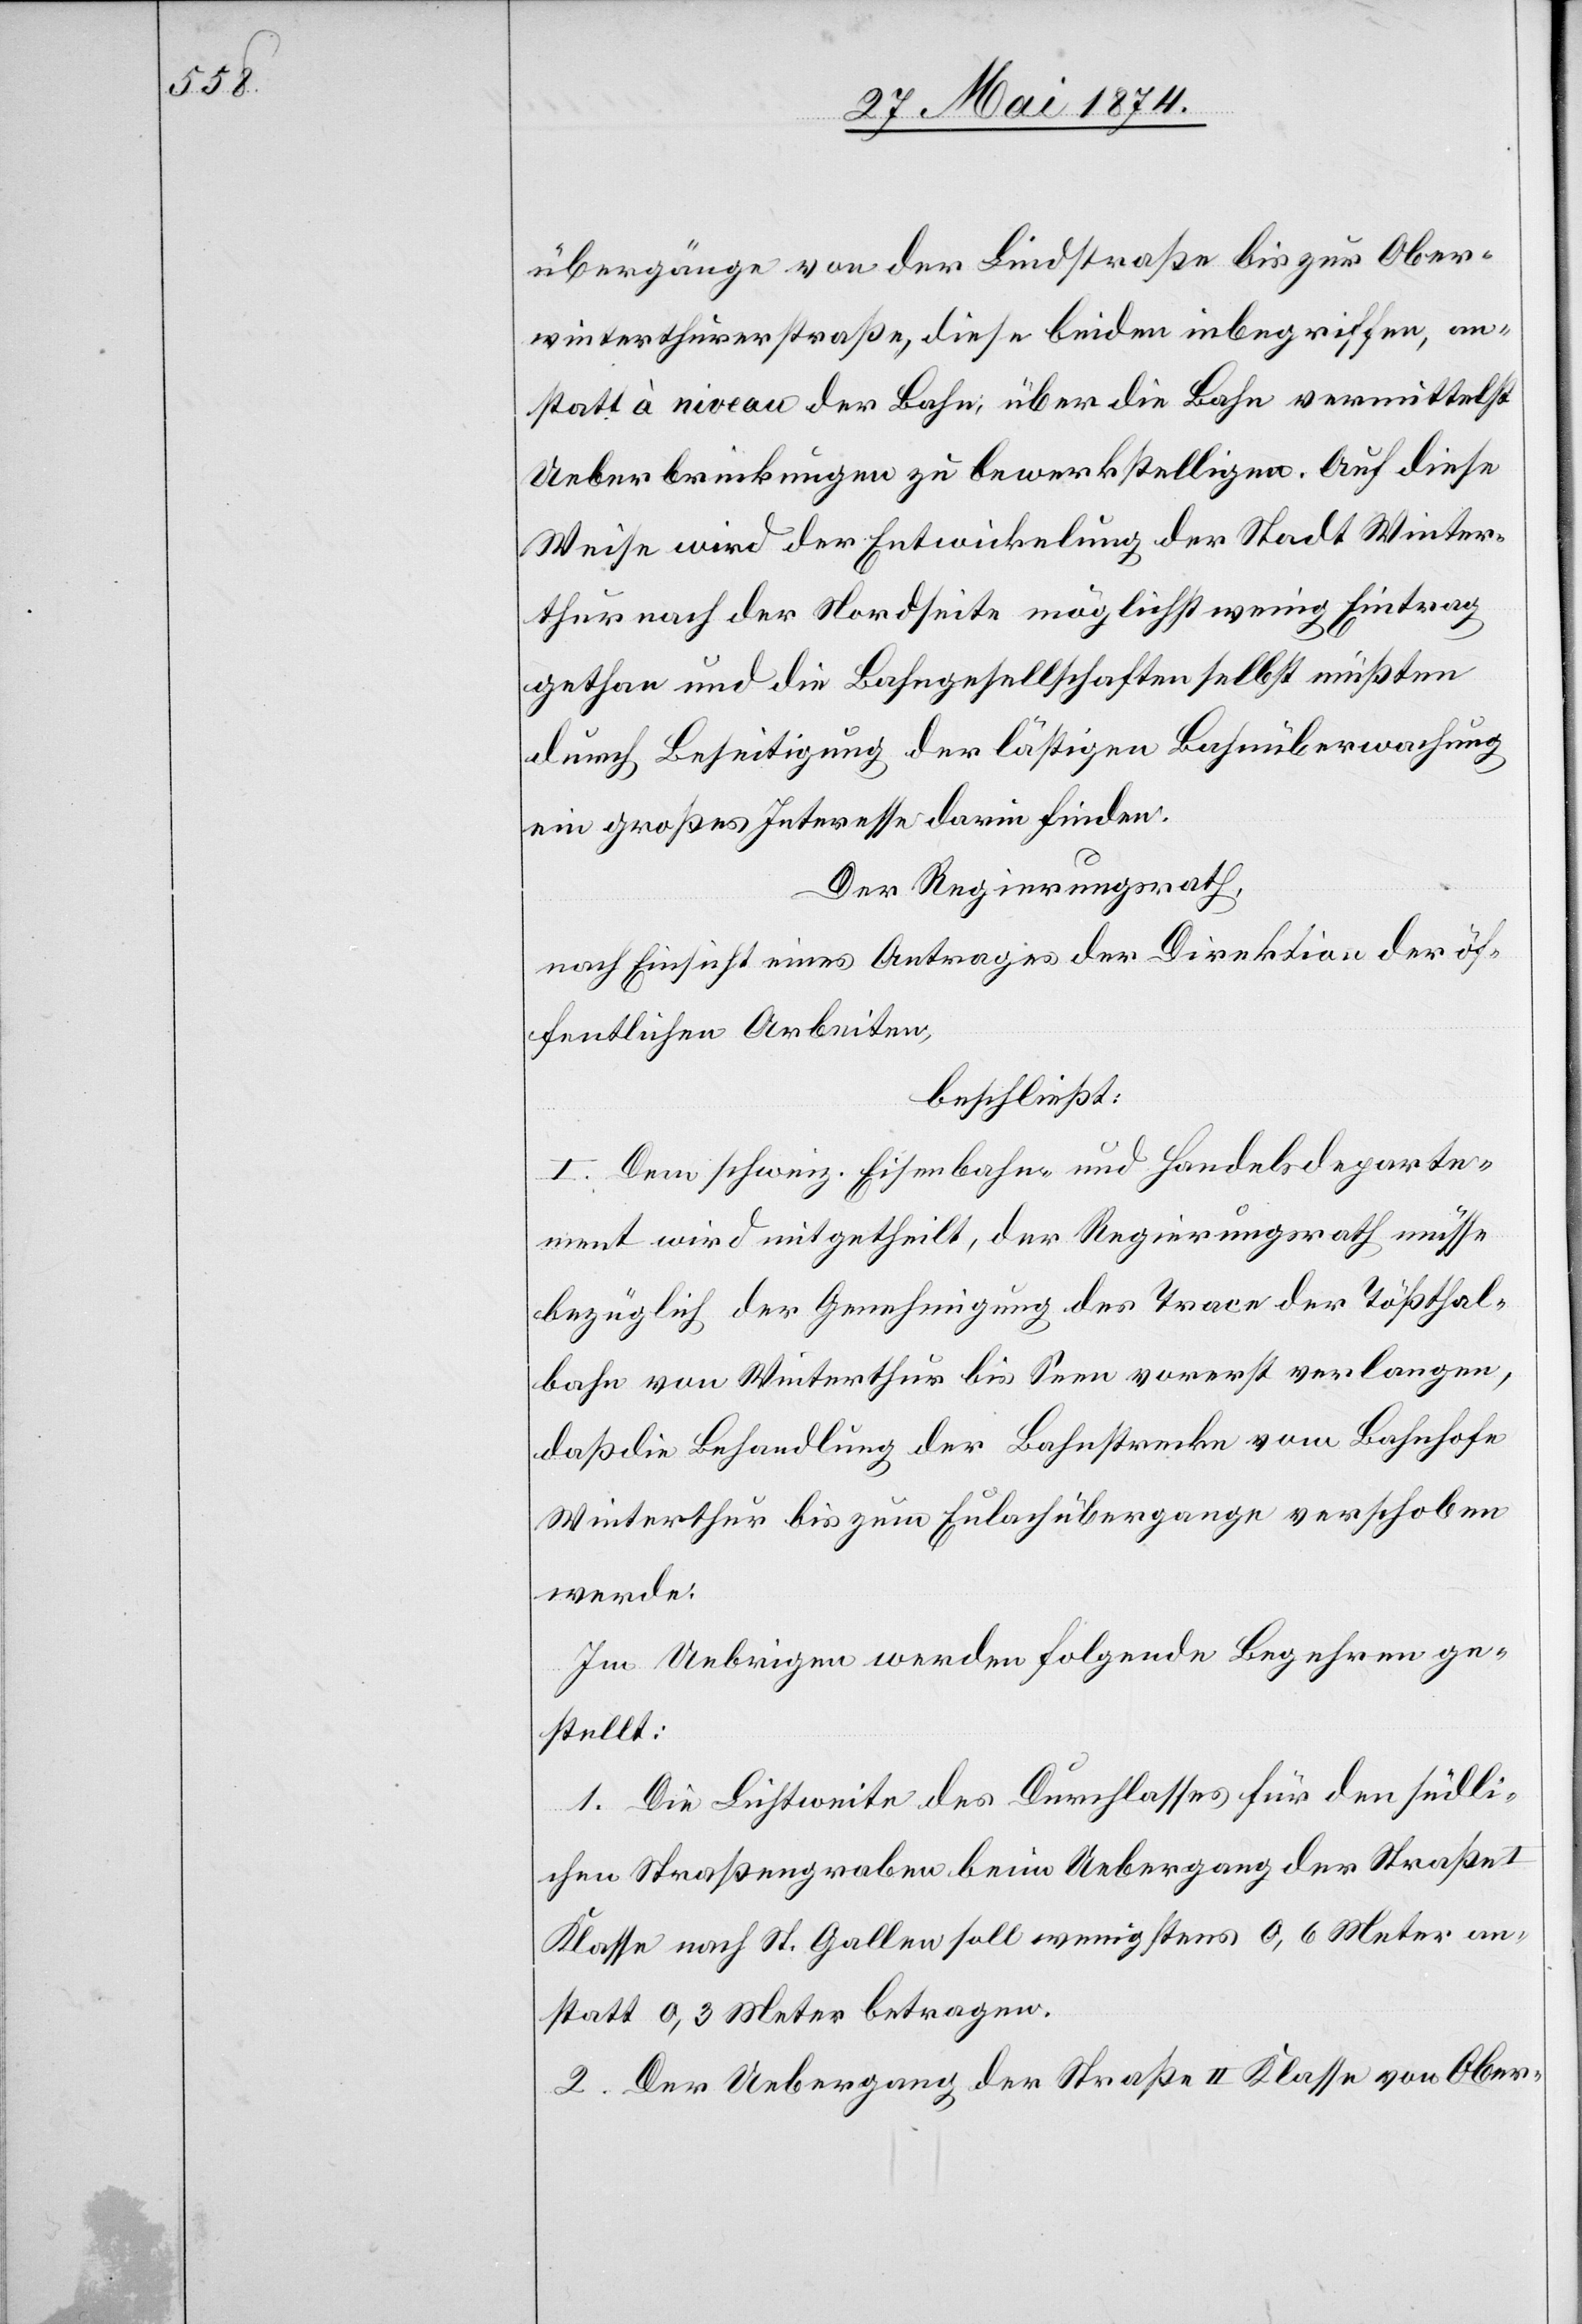
übergänge von der Lindstraße bis zur Ober¬
winterthurerstraße, diese beiden inbegriffen, an¬
statt à niveau der Bahn, über die Bahn vermittelst
Ueberbrückungen zu bewerkstelligen. Auf diese
Weise wird der Entwickelung der Stadt Winter¬
thur nach der Nordseite möglichst wenig Eintrag
gethan und die Bahngesellschaften selbst müßten
durch Beseitigung der lästigen Bahnüberwachung
ein großes Interesse darin finden.
Der Regierungsrath,
nach Einsicht eines Antrages der Direktion der öf¬
fentlichen Arbeiten,
beschließt:
I. Dem schweiz. Eisenbahn- und Handelsdeparte¬
ment wird mitgehteilt, der Regierungsrath müsse
bezüglich der Genehmigung des Trace der Tößthal¬
bahn von Winterthur bis Seen vorerst verlangen,
daß die Behandlung der Bahnstrecke vom Bahnhofe
Winterthur bis zum Eulachübergange verschoben
werde.
Im Uebrigen werden folgende Begehren ge¬
stellt:
1. Die Lichtweite des Durchlasses für den südli¬
chen Straßengraben beim Uebergang der Straße
Klasse nach St. Gallen soll wenigstens 0,6 Meter an¬
statt 0,3 Meter betragen.
2. Der Uebergang der Straße II. Klasse von Ober-